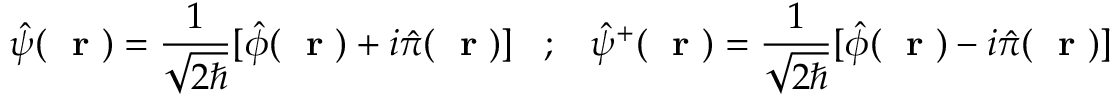
\hat { \psi } ( \mathrm { ~ \bf ~ r ~ } ) = \frac { 1 } { \sqrt { 2 \hbar } } [ \hat { \phi } ( \mathrm { ~ \bf ~ r ~ } ) + i \hat { \pi } ( \mathrm { ~ \bf ~ r ~ } ) ] \; \; \; ; \; \; \; \hat { \psi } ^ { + } ( \mathrm { ~ \bf ~ r ~ } ) = \frac { 1 } { \sqrt { 2 \hbar } } [ \hat { \phi } ( \mathrm { ~ \bf ~ r ~ } ) - i \hat { \pi } ( \mathrm { ~ \bf ~ r ~ } ) ]